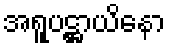
အရူပဋ္ဌာယိနော